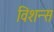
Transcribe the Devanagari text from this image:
विशन्स